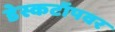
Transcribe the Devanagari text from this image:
डेस्कटॉपवर